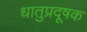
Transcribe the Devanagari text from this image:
धातुप्रदूषक